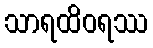
သာရထိဝရဿ